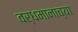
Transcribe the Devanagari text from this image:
वर्धमानाच्या